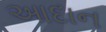
આદાન